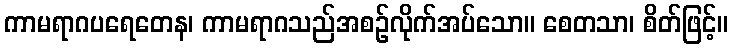
ကာမရာဂပရေတေန၊ ကာမရာဂသည်အစဉ်လိုက်အပ်သော။ စေတသာ၊ စိတ်ဖြင့်။